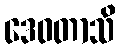
ဒေဝတာသိ